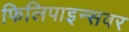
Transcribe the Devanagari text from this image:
फिलिपाइन्सवर